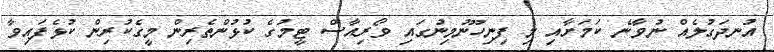
އުނދަގުލެއް ނުވާނެ ކަމަށާއި މި ފިނިހޫނުމިނުގައި ވޯރިއާސް ޓީމުގެ ކުޅުންތެރިން މީގެކުރިން ކުޅެފައިވާ